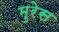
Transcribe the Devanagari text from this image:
मुरेस